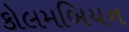
કોલમબિયન